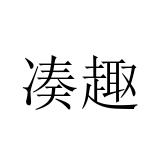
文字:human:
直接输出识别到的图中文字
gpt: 凑趣